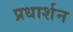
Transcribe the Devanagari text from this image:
प्रधार्शन